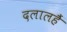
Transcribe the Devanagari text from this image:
दलालहैं